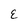
Character: E